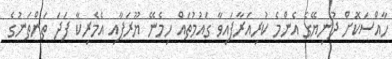
ހާއްސަކޮށް ދުނިޔޭގެ އެންމެ ކުރިއަރާފައިވާ ގައުމުތައް ހިމެނޭ ޔޫރަޕާއި އެމެރިކާ ފަދަ ތަންތަނުގެ